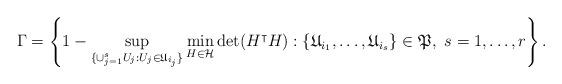
LaTeX: \begin{align*} \Gamma = \left\lbrace 1 - \sup_{ \lbrace \cup_{j=1}^s U_j : U_j \in \mathfrak{U}_{i_j} \rbrace } \min_{ H \in \mathcal{H} } \det(H^\intercal H) : \lbrace \mathfrak{U}_{i_1},\ldots,\mathfrak{U}_{i_s} \rbrace \in \mathfrak{P},~s=1,\ldots,r\right\rbrace.\end{align*}